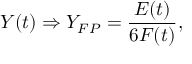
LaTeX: Y ( t ) \Rightarrow Y _ { F P } = \frac { E ( t ) } { 6 F ( t ) } ,